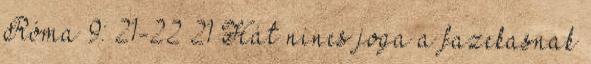
Róma 9: 21-22 21 Hát nincs joga a fazekasnak